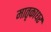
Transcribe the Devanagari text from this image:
मातृकाधर